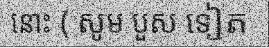
នោះ ( សូម បួស ទៀត